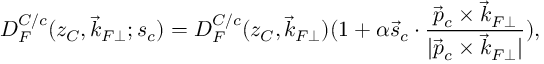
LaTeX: D _ { F } ^ { C / c } ( z _ { C } , \vec { k } _ { F \perp } ; s _ { c } ) = D _ { F } ^ { C / c } ( z _ { C } , \vec { k } _ { F \perp } ) ( 1 + \alpha \vec { s } _ { c } \cdot { \frac { \vec { p } _ { c } \times \vec { k } _ { F \perp } } { | \vec { p } _ { c } \times \vec { k } _ { F \perp } | } } ) ,